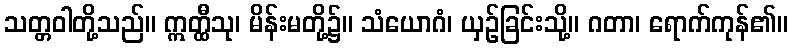
သတ္တဝါတို့သည်။ ဣတ္ထီသု၊ မိန်းမတို့၌။ သံယောဂံ၊ ယှဉ်ခြင်းသို့။ ဂတာ၊ ရောက်ကုန်၏။